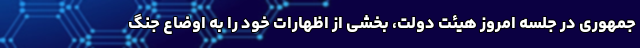
‌جمهوری در جلسه امروز هیئت دولت، بخشی از اظهارات خود را به اوضاع جنگ